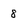
Character: 8